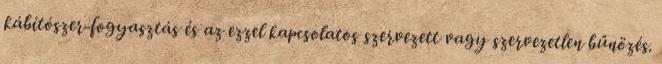
kábítószer-fogyasztás és az ezzel kapcsolatos szervezett vagy szervezetlen bűnözés.